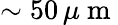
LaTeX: \sim 50\, \mu\mathrm{~m~}